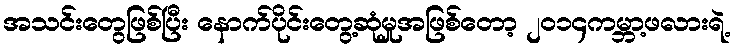
အသင်းတွေဖြစ်ပြီး နောက်ပိုင်းတွေ့ဆုံမှုအဖြစ်တော့ ၂၀၁၄ကမ္ဘာ့ဖလားရဲ့